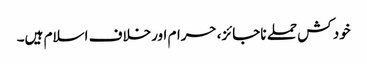
خود کش حملے ناجائز، حرام اورخلاف اسلام ہیں۔